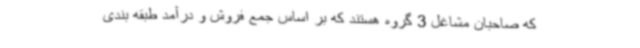
که صاحبان مشاغل 3 گروه هستند که بر اساس جمع فروش و درآمد طبقه بندی